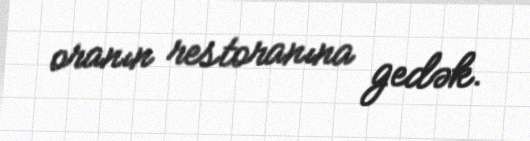
oranın restoranına gedək.